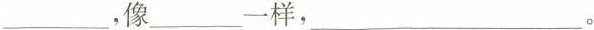
___，像___一样，___。